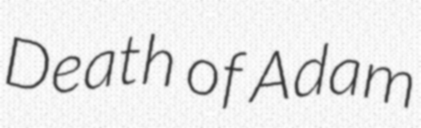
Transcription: Death of Adam